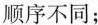
顺序不同；